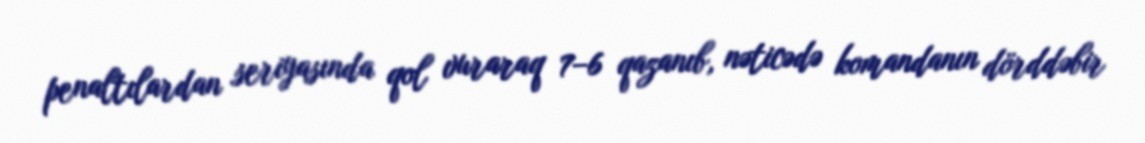
penaltılardan seriyasında qol vuraraq 7–6 qazanıb, nəticədə komandanın dörddəbir